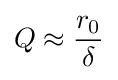
Q\approx {\frac {r_{0}}{\delta }}